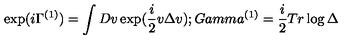
\exp ( i \Gamma ^ { ( 1 ) } ) = \int D v \exp ( \frac { i } { 2 } v \Delta v ) ; G a m m a ^ { ( 1 ) } = \frac { i } { 2 } T r \log \Delta